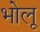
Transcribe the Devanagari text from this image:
भोलू